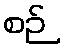
စဉ်